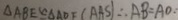
\Delta A B E \cong \Delta A D F ( A A S ) \therefore A B = A O :